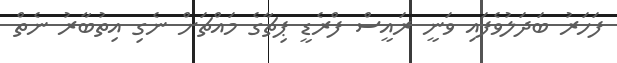
ފަހަރު ބަދަލުވެފައި ވަނީ ރައީސް ފްރެޑީ ޕިޗާގެ މައްޗަށް ނެގި އިތުބާރު ނެތް